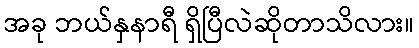
အခု ဘယ်နှနာရီ ရှိပြီလဲဆိုတာသိလား။